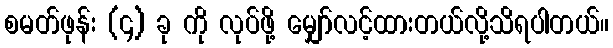
စမတ်ဖုန်း (၄) ခု ကို လုပ်ဖို့ မျှော်လင့်ထားတယ်လို့သိရပါတယ်။